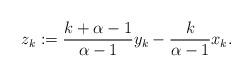
LaTeX: \begin{align*}z_k := \frac{k + \alpha -1}{\alpha -1}y_k - \frac{k}{\alpha -1}x_k .\end{align*}